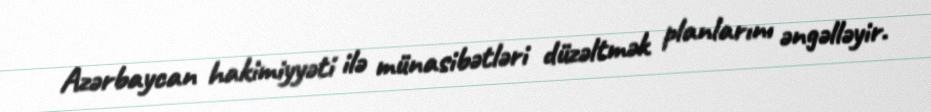
Azərbaycan hakimiyyəti ilə münasibətləri düzəltmək planlarını əngəlləyir.